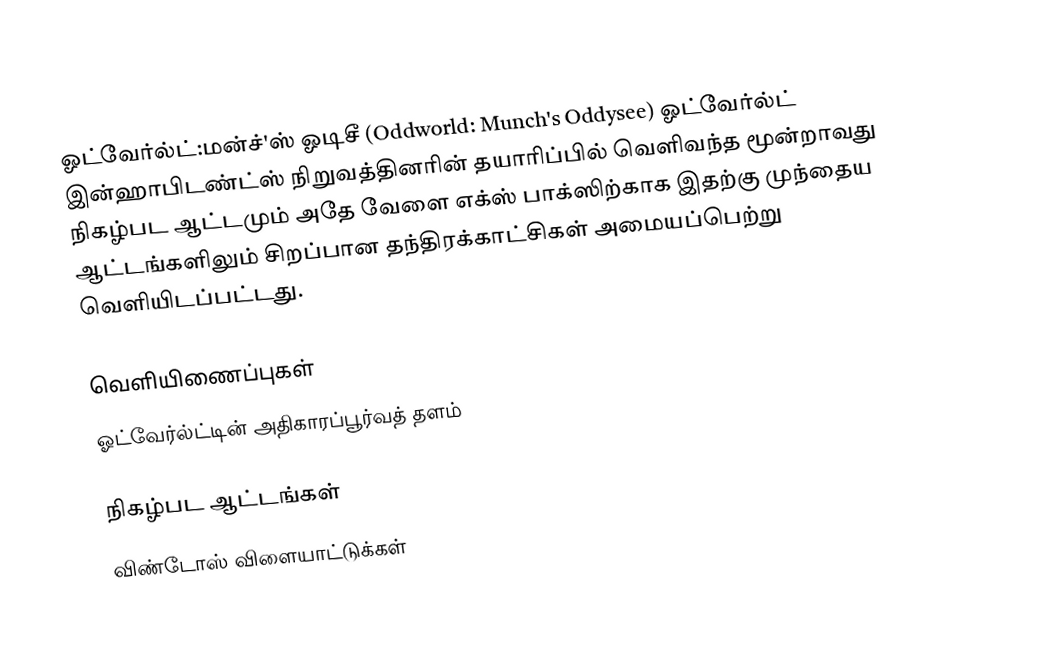
ஓட்வேர்ல்ட்:மன்ச்'ஸ் ஓடிசீ (Oddworld: Munch's Oddysee) ஓட்வேர்ல்ட் இன்ஹாபிடண்ட்ஸ் நிறுவத்தினரின் தயாரிப்பில் வெளிவந்த மூன்றாவது நிகழ்பட ஆட்டமும் அதே வேளை எக்ஸ் பாக்ஸிற்காக இதற்கு முந்தைய ஆட்டங்களிலும் சிறப்பான தந்திரக்காட்சிகள் அமையப்பெற்று வெளியிடப்பட்டது.

வெளியிணைப்புகள்
ஓட்வேர்ல்ட்டின் அதிகாரப்பூர்வத் தளம்

நிகழ்பட ஆட்டங்கள்
விண்டோஸ் விளையாட்டுக்கள்